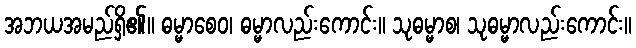
အဘယအမည်ရှိ၏။ ဓမ္မာစေဝ၊ ဓမ္မာလည်းကောင်း။ သုဓမ္မာစ၊ သုဓမ္မာလည်းကောင်း။